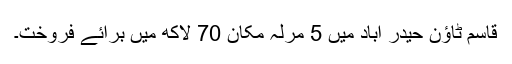
قاسم ٹاؤن حیدر آباد میں 5 مرلہ مکان 70 لاکھ میں برائے فروخت۔